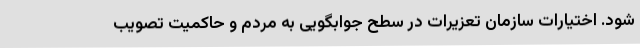
شود. اختیارات سازمان تعزیرات در سطح جوابگویی به مردم و حاکمیت تصویب